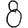
Digit: 8